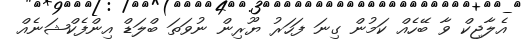
އެލާޖިކް ވާ ބޭހެއް ކަމުން ގިނަ ފަހަރު ޔޫރިން ނުވަތަ ބްލަޑް އިންފެކްޝަނެއް